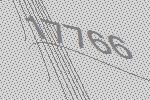
17766